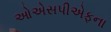
ઓએસપીએફના